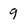
Character: 9